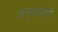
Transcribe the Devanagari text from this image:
अमृतप्राप्ती